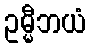
ဥမ္မီဘယံ